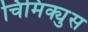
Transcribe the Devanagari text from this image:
चिमिक्युस